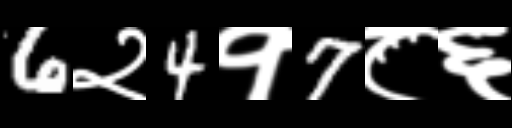
Text: 6२4१7८६